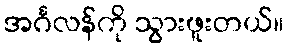
အင်္ဂလန်ကို သွားဖူးတယ်။